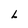
Character: L